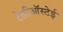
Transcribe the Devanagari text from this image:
टेलीऑस्टेई